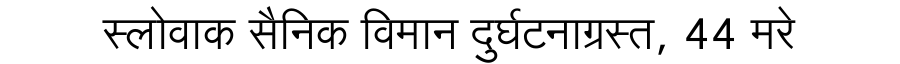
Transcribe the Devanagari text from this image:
स्लोवाक सैनिक विमान दुर्घटनाग्रस्त, 44 मरे